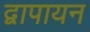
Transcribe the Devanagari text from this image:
द्वापायन